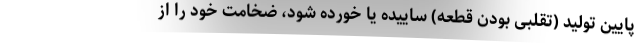
پایین تولید (تقلبی بودن قطعه) ساییده یا خورده شود، ضخامت خود را از